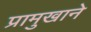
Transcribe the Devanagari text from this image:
प्रामुखाने